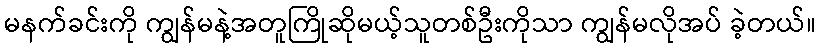
မနက်ခင်းကို ကျွန်မနဲ့အတူကြိုဆိုမယ့်သူတစ်ဦးကိုသာ ကျွန်မလိုအပ် ခဲ့တယ်။